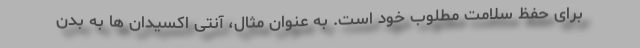
برای حفظ سلامت مطلوب خود است. به عنوان مثال، آنتی اکسیدان ها به بدن